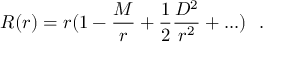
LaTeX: R ( r ) = r ( 1 - { \frac { M } { r } } + \frac { 1 } { 2 } { \frac { D ^ { 2 } } { r ^ { 2 } } } + . . . ) ~ ~ .